Scottish Leaving Certificate Examination, 1957
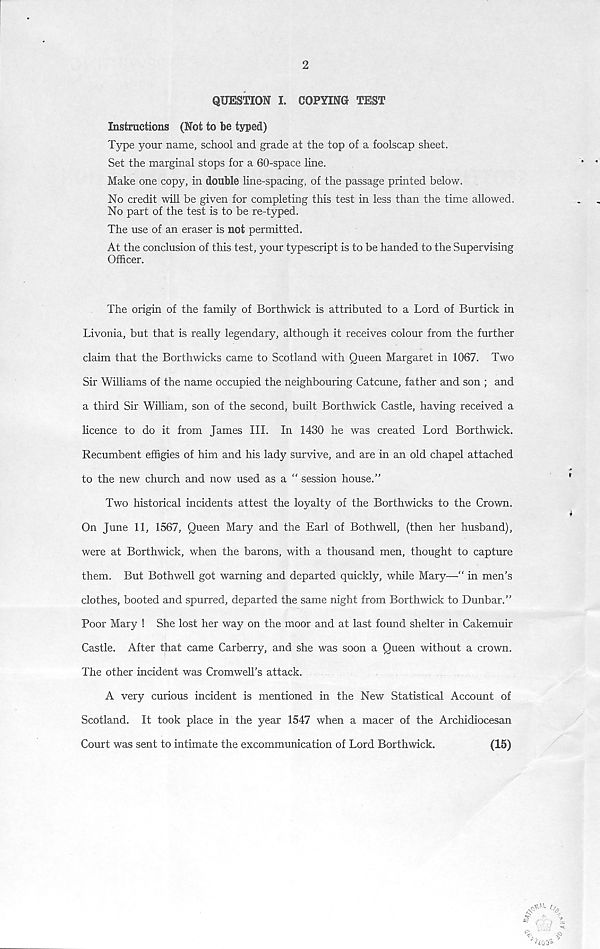
2
QUESTION I. COPYING TEST
Instructions (Not to be typed)
Type your name, school and grade at the top of a foolscap sheet.
Set the marginal stops for a 60-space line.
Make one copy, in double line-spacing, of the passage printed below.
No credit will be given for completing this test in less than the time allowed.
No part of the test is to be re-typed.
The use of an eraser is not permitted.
At the conclusion of this test, your typescript is to be handed to the Supervising
Officer.
The origin of the family of Borthwick is attributed to a Lord of Burtick in
Livonia, but that is really legendary, although it receives colour from the further
claim that the Borthwicks came to Scotland with Queen Margaret in 1067. Two
Sir Williams of the name occupied the neighbouring Catcune, father and son ; and
a third Sir William, son of the second, built Borthwick Castle, having received a
licence to do it from James III. In 1430 he was created Lord Borthwick.
Recumbent effigies of him and his lady survive, and are in an old chapel attached
to the new church and now used as a session house.”
Two historical incidents attest the loyalty of the Borthwicks to the Crown.
On June 11, 1567, Queen Mary and the Earl of Bothwell, (then her husband),
were at Borthwick, when the barons, with a thousand men, thought to capture
them. But Bothwell got warning and departed quickly, while Mary—” in men's
clothes, booted and spurred, departed the same night from Borthwick to Dunbar.”
Poor Mary ! She lost her way on the moor and at last found shelter in Cakemuir
Castle. After that came Carberry, and she was soon a Queen without a crown.
The other incident was Cromwell’s attack.
A very curious incident is mentioned in the New Statistical Account of
Scotland. It took place in the year 1547 when a macer of the Archidiocesan
Court was sent to intimate the excommunication of Lord Borthwick.
(15)